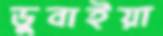
ডুবাইয়া